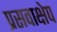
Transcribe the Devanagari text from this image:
प्रसवाक्षेप